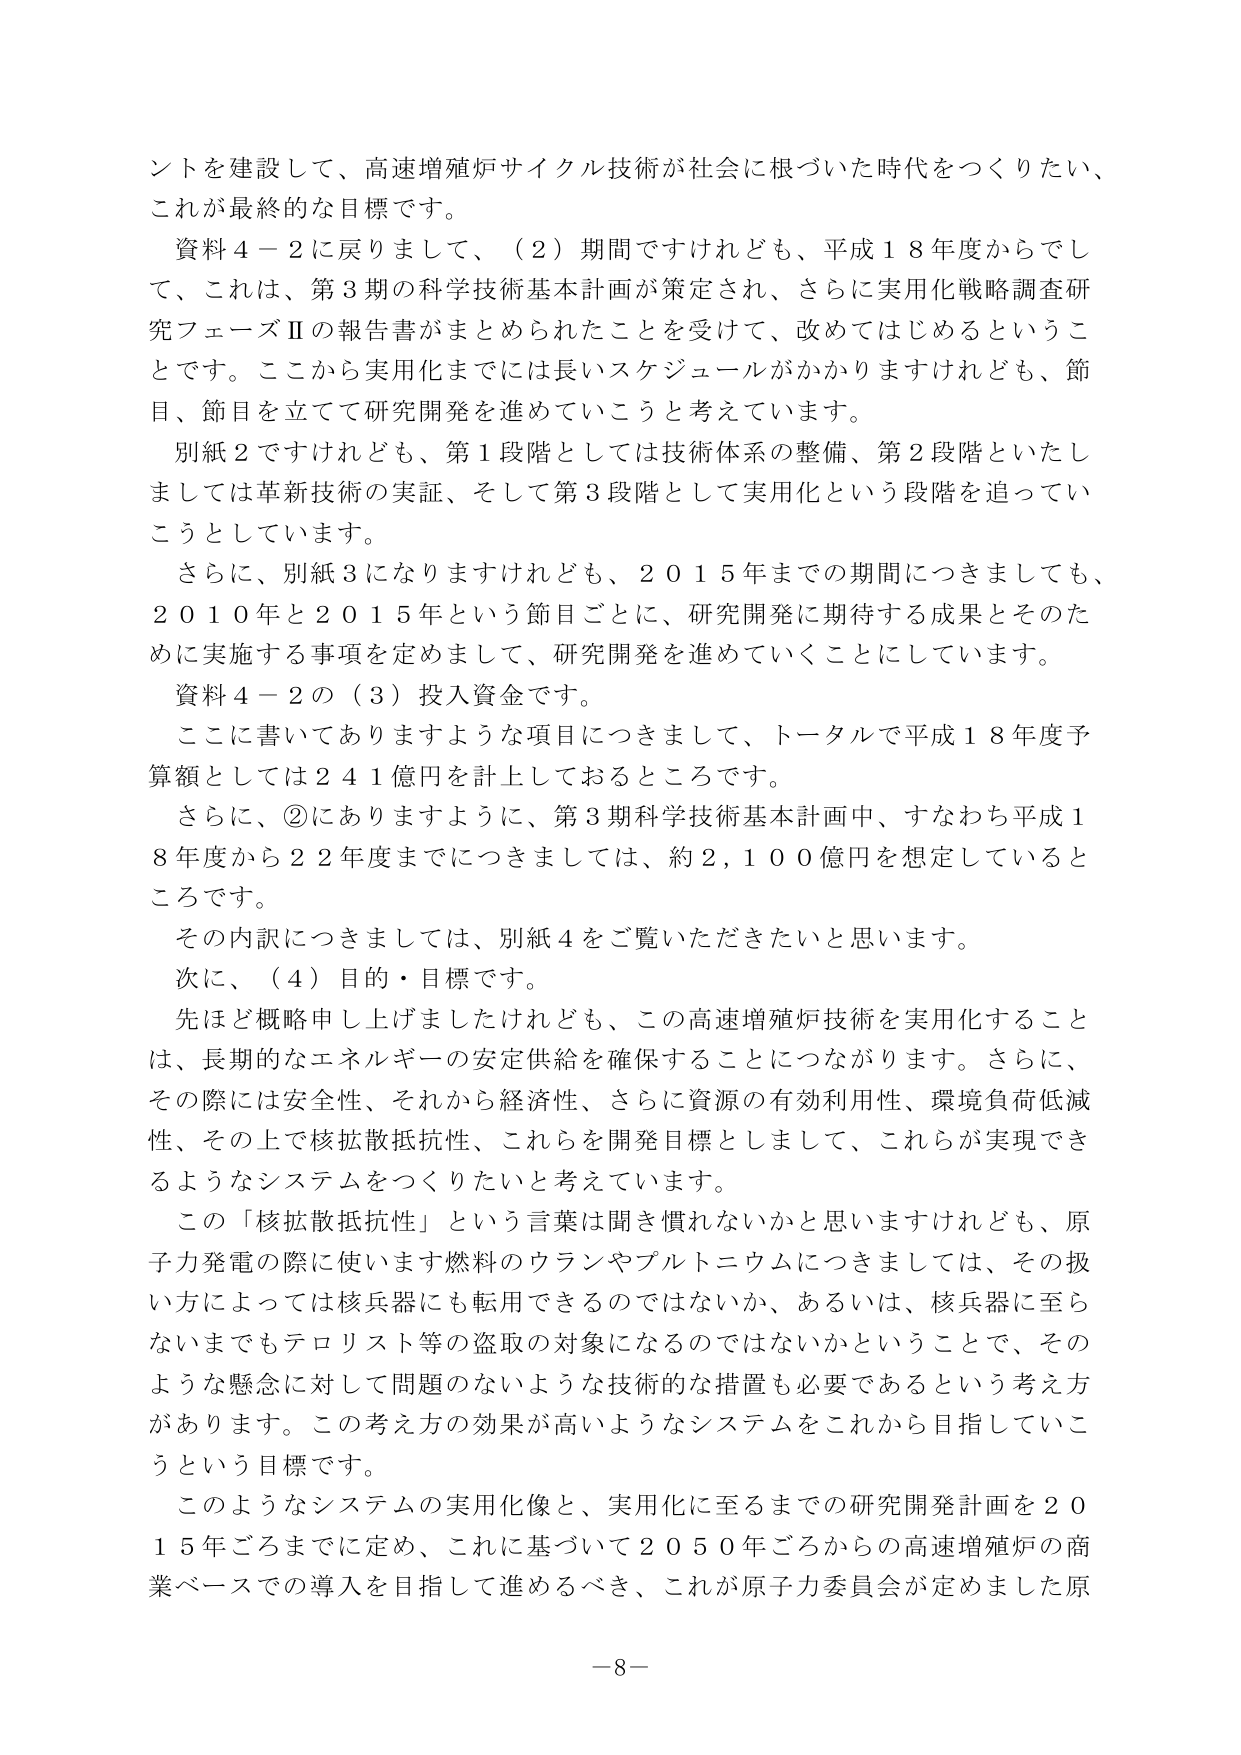
ントを建設して、高速増殖炉サイクル技術が社会に根づいた時代をつくりたい、これが最終的な目標です。

資料４－２に戻りまして、（２）期間ですけれども、平成１８年度からでして、これは、第３期の科学技術基本計画が策定され、さらに実用化戦略調査研究フェーズⅡの報告書がまとめられたことを受けて、改めてはじめるということです。ここから実用化までには長いスケジュールがかかりますけれども、節目、節目を立てて研究開発を進めていこうと考えています。

別紙２ですけれども、第１段階としては技術体系の整備、第２段階といたしましては革新技術の実証、そして第３段階として実用化という段階を追っていこうとしています。

さらに、別紙３になりますけれども、２０１５年までの期間につきましても、２０１０年と２０１５年という節目ごとに、研究開発に期待する成果とそのための実施する事項を定めまして、研究開発を進めていくことにしています。

資料４－２の（３）投入資金です。

ここに書いてありますような項目につきまして、トータルで平成１８年度予算額としては２４１億円を計上しておるところです。

さらに、②にありますように、第３期科学技術基本計画中、すなわち平成１８年度から２２年度までにつきましては、約２,１００億円を想定しているところです。

その内訳につきましては、別紙４をご覧いただきたいと思います。

次に、（４）目的・目標です。

先ほど概略申し上げましたけれども、この高速増殖炉技術を実用化することは、長期的なエネルギーの安定供給を確保することにつながります。さらに、その際には安全性、それから経済性、さらに資源の有効利用性、環境負荷低減性、その上で核拡散抵抗性、これらを開発目標としまして、これらが実現できるようなシステムをつくりたいと考えています。

この「核拡散抵抗性」という言葉は聞き慣れないかと思いますけれども、原子力発電の際に使います燃料のウランやプルトニウムにつきましては、その扱い方によっては核兵器にも転用できるのではないか、あるいは、核兵器に至らないまでもテロリスト等の盗取の対象になるのではないかということで、そのような懸念に対して問題のないような技術的な措置も必要であるという考え方があります。この考え方の効果が高いようなシステムをこれから目指していこうという目標です。

このようなシステムの実用化像と、実用化に至るまでの研究開発計画を２０１５年ごろまでに定め、これに基づいて２０５０年ごろからの高速増殖炉の商業ベースでの導入を目指して進めるべき、これが原子力委員会が定めました原

－8－